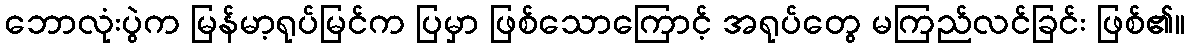
ဘောလုံးပွဲက မြန်မာ့ရုပ်မြင်က ပြမှာ ဖြစ်သောကြောင့် အရုပ်တွေ မကြည်လင်ခြင်း ဖြစ်၏။